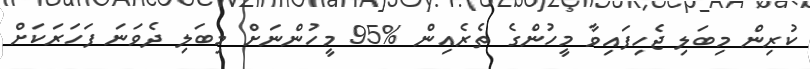
ކުރިން މިބަލި ޖެހިފައިވާ މީހުންގެ ތެރެއިން %95 މީހުންނަށް މިބަލި ދެވަނަ ފަހަރަކަށް